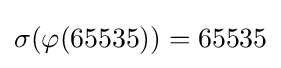
\sigma (\varphi (65535))=65535